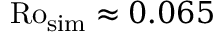
\mathrm { R o _ { s i m } } \approx 0 . 0 6 5